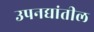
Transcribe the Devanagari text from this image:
उपनद्यांतील